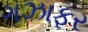
ગઝાફર